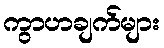
ကွာဟချက်များ